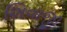
શિવાજી